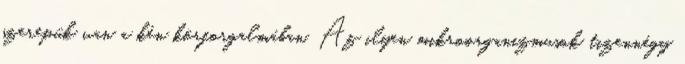
szerepük van a kén körforgalmában. Az ilyen mikroorganizmusok tizennégy